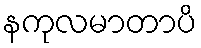
နကုလမာတာပိ